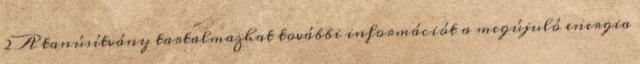
2 A tanúsítvány tartalmazhat további információt a megújuló energia